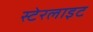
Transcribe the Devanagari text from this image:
स्टेरलाइट